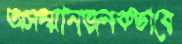
অসম্মানজনকভাবে